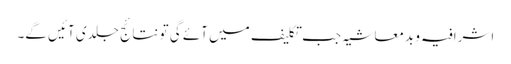
اشرافیہ و بدمعاشیہ جب تکلیف میں آئے گی تو نتائج جلدی آئیں گے۔